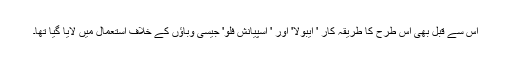
اس سے قبل بھی اس طرح کا طریقہ کار ' ایبولا' اور ' اسپیانش فلو' جیسی وباؤں کے خلاف استعمال میں لایا گیا تھا۔